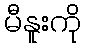
မီနူးကို